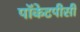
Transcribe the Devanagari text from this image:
पॉकेटपीसी